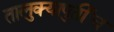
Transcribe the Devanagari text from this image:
तालुक्यापुर्तीच